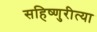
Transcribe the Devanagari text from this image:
सहिष्णुरीत्या